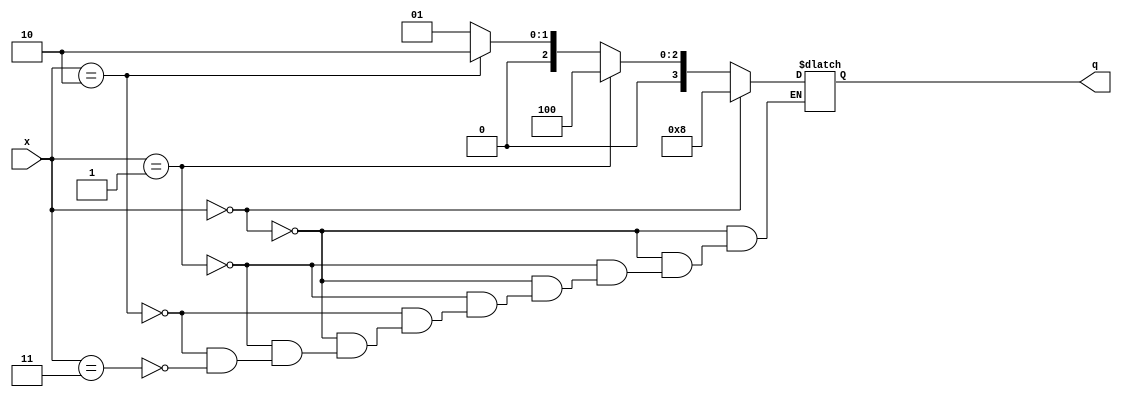
module decoder_2_4(
input [1:0] x,
output [3:0] q);


reg [3:0] tempQ;
always @(x) begin
 if(x == 2'b00) begin
	tempQ = 4'b1000;
 end else if(x == 2'b01) begin
	tempQ = 4'b0100;
 end else if(x == 2'b10) begin
	tempQ = 4'b0010;
 end else if(x == 2'b11) begin
	tempQ = 4'b0001;
 end 
end 

assign q = tempQ;

endmodule